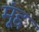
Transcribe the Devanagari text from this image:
मूंद्द